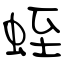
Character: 蛭